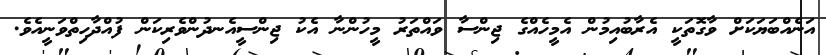
އަނެއްބަޔަކަށް ވާގޮތަކީ އެރާބުއިމުން އެމީހެއްގެ ޖިންސާ ވައްތަރު މީހުންނާ އެކު ޖިންސީއެނދުންވެރިކަން ފުއްދާހިތްވަނީއެވެ.